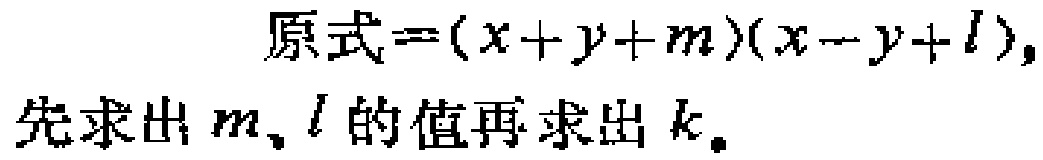
原式\(=(x + y + m)(x - y + l)\)，
先求出\(m\)、\(l\)的值再求出\(k\)。